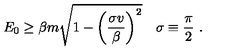
E _ { 0 } \ge \beta m \sqrt { 1 - \left( \frac { \sigma v } { \beta } \right) ^ { 2 } } \quad \sigma \equiv \frac { \pi } { 2 } \ .